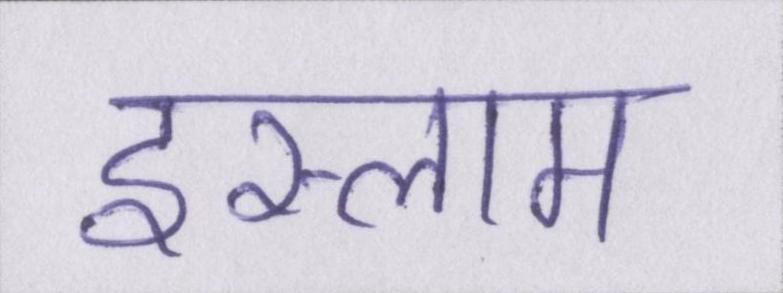
इस्लाम